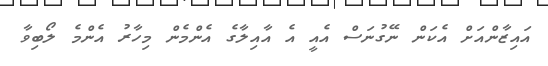
އައިޒާންއަށް އެކަން ނޭގުނަސް އެއީ އެ އާއިލާގެ އެންމެން މިހާރު އެންމެ ލޯބިވާ